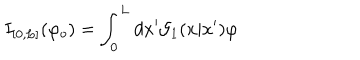
LaTeX: I _ { [ 0 , L ] } ( \varphi _ { o } ) = \int _ { 0 } ^ { L } d x ^ { \prime } { \cal G } _ { 1 } ( x | x ^ { \prime } ) \varphi